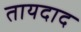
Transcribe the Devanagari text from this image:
तायदाद